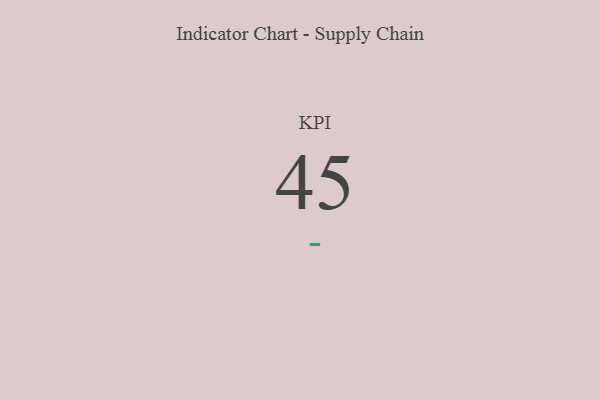
{"axis": {"x": "KPI", "y": "Value"}, "legend": [""], "data": [{"x": "KPI", "y": 45, "type": ""}]}